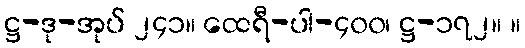
ဋ္ဌ-ဒု-အုပ် ၂၄၁။ ထေရီ-ပါ-၄၀၀၊ ဋ္ဌ-၁၇၂။ ။